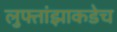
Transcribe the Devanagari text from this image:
लुफ्तांझाकडेच